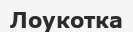
Лоукотка